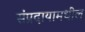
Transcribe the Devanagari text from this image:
संप्रदायामधील